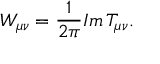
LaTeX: W _ { \mu \nu } = \frac { 1 } { 2 \pi } I m \, T _ { \mu \nu } .